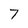
Character: 7